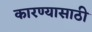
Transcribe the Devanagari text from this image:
कारण्यासाठी